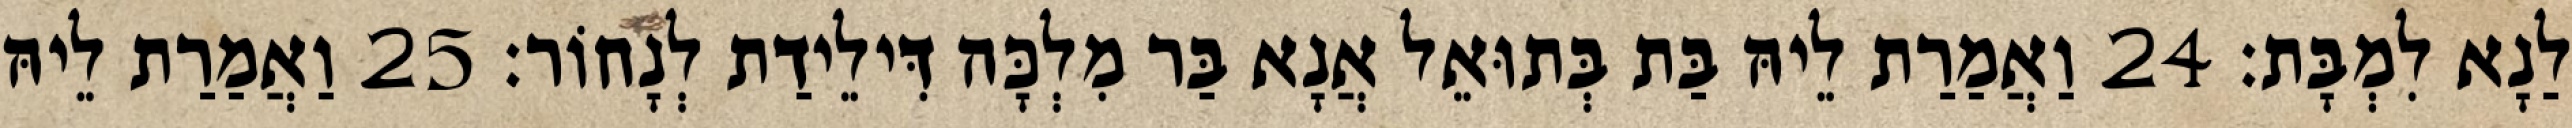
לַנָא לִמְבָּת׃ 24 וַאֲמַרַת לֵיהּ בַּת בְּתוּאֵל אֲנָא בַּר מִלְכָּה דִּילֵידַת לְנָחוֹר׃ 25 וַאֲמַרַת לֵיהּ